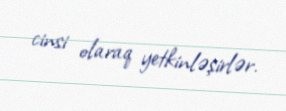
cinsi olaraq yetkinləşirlər.